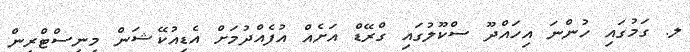
ލ. ގަމުގައި ހުންނަ އިހައްދޫ ސްކޫލުގައި ގްރޭޑް އަށެއް އުފެއްދުމަށް އެޑިއުކޭޝަން މިނިސްޓްރީން